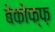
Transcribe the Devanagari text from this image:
बेकोफ्फ़